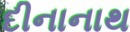
દીનાનાથ